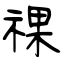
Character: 祼